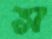
স